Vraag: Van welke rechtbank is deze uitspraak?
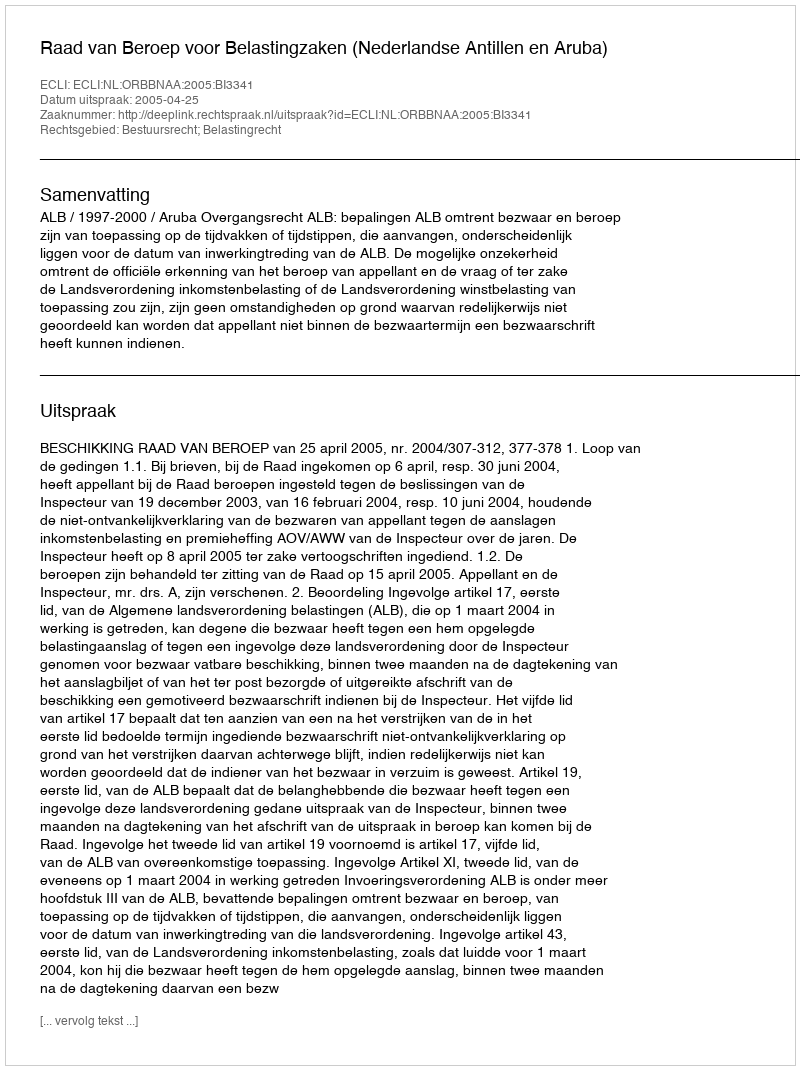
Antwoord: Raad van Beroep voor Belastingzaken (Nederlandse Antillen en Aruba)